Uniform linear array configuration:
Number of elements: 64
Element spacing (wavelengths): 1
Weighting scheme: uniform
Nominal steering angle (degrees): -45
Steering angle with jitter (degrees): -44.322
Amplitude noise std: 0.05
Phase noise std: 0.05

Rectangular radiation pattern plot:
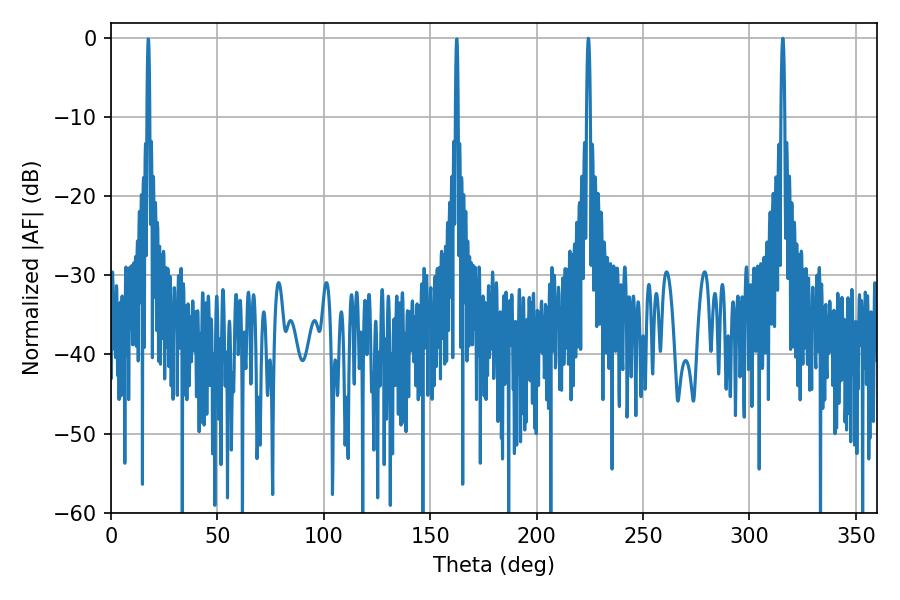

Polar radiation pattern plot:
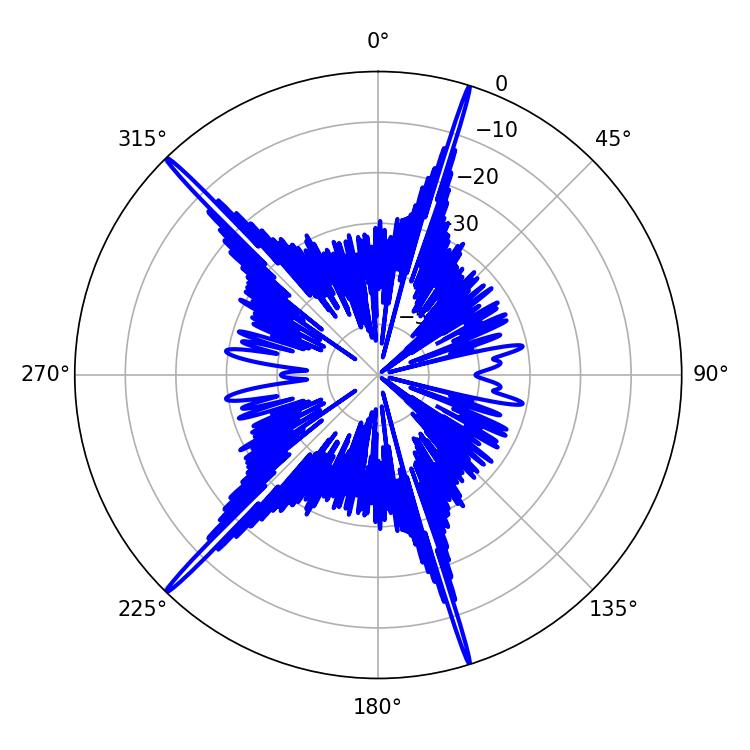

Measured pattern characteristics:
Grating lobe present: TRUE
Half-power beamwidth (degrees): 0.9
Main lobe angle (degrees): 224.28